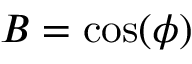
B = \cos ( \phi )